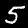
Digit: 5